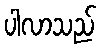
ပါလာသည်